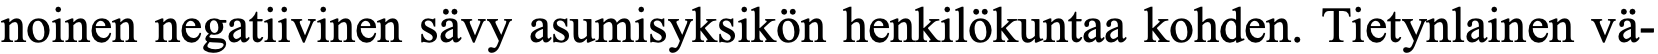
noinen negatiivinen sävy asumisyksikön henkilökuntaa kohden. Tietynlainen vä-